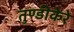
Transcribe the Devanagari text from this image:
तुण्डीकेरे